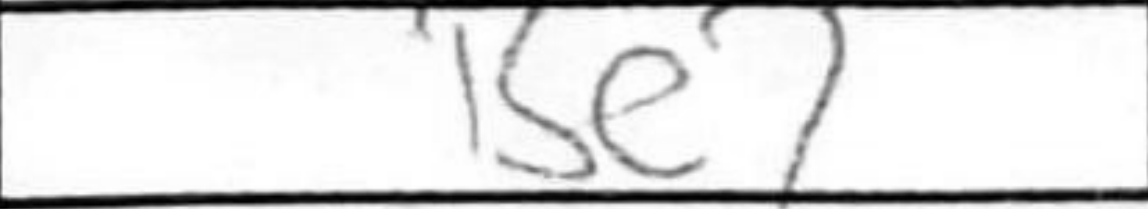
Transcription: Be7